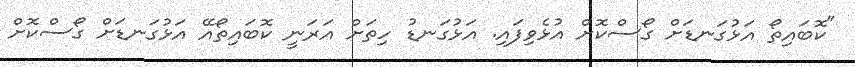
"ކޮބައިތޯ އަޅުގަނޑަށް ގޯސްކޮށް އުޅެވިފައި. އަޅުގަނޑު ހިތަށް އަރަނީ ކޮބައިތޯއޭ އަޅުގަނޑަށް ގޯސްކޮށް